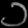
Digit: ၁